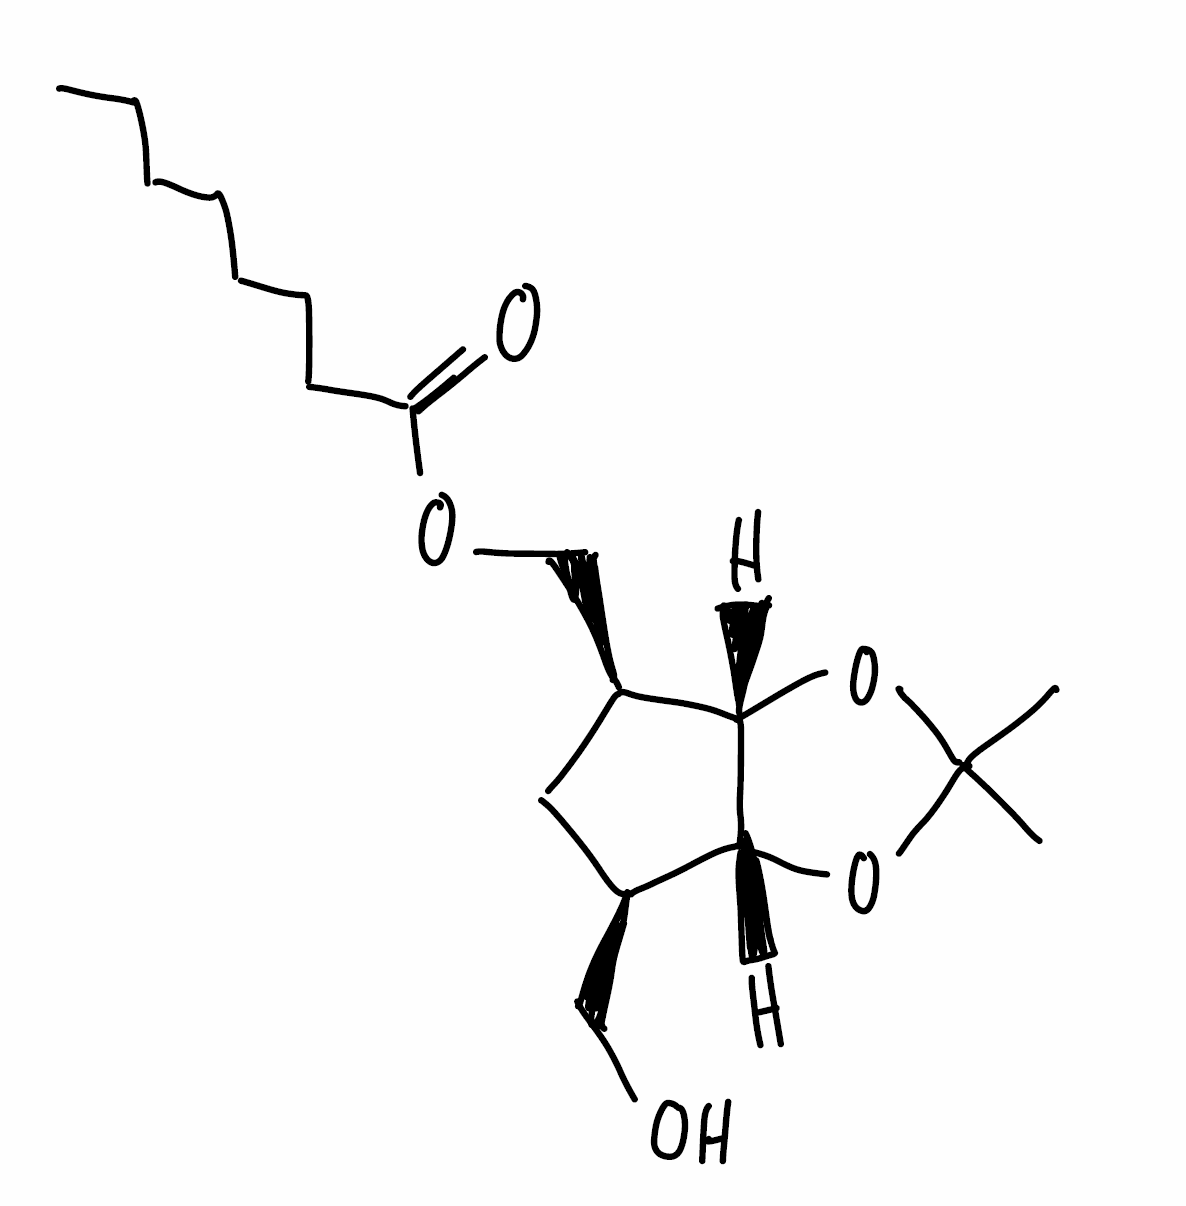
Simplified molecular-input line-entry system (SMILES) notation of the given molecule:
CCCCCCCC(=O)OC[C@@H]1C[C@@H]([C@@H]2[C@H]1OC(O2)(C)C)CO